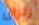
زلزال